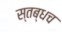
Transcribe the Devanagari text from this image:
स्तब्धच